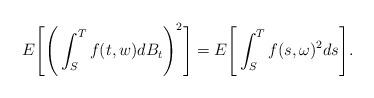
LaTeX: \begin{align*}E\Bigg[ \Bigg( \int^T_S f(t, w)dB_t \Bigg)^2 \Bigg] = E \Bigg[ \int^T_S f(s, \omega)^2 ds \Bigg].\end{align*}